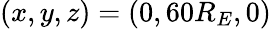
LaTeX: (x,y,z)=(0,60R_{E},0)